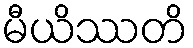
မီယိဿတိ